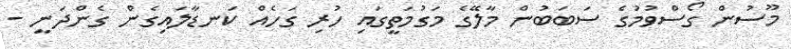
މޫސުން ގޯސްވުމުގެ ސަބަބުން މާލޭގެ މަގުމަތީގައި ހުރި ގަހެއް ކަނޑާލައިގެން ގެންދަނީ -